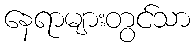
နေရာများတွင်သာ